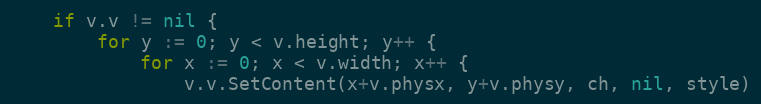
Language: Go
	if v.v != nil {
		for y := 0; y < v.height; y++ {
			for x := 0; x < v.width; x++ {
				v.v.SetContent(x+v.physx, y+v.physy, ch, nil, style)